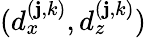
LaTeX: (d_{x}^{(\mathbf{j},k)},d_{z}^{(\mathbf{j},k)})